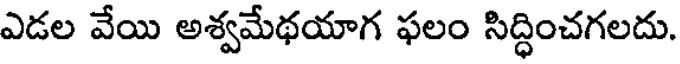
ఎడల వేయి అశ్వమేథయాగ ఫలం సిద్ధించగలదు.